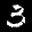
Label: 3